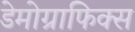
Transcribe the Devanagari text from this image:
डेमोग्राफिक्स